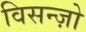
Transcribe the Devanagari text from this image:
विसन्ज़ो